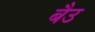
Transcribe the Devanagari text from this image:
बैउ